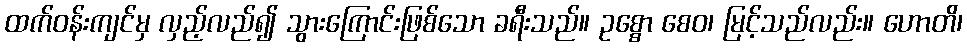
ထက်ဝန်းကျင်မှ လှည့်လည်၍ သွားကြောင်းဖြစ်သော ခရီးသည်။ ဥစ္စော စေဝ၊ မြင့်သည်လည်း။ ဟောတိ၊